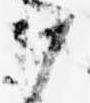
か